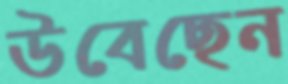
উবেছেন